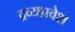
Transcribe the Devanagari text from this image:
द्रव्यप्रवेश